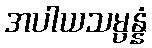
အပါယသမ္ပန္နံ